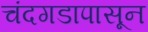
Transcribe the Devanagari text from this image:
चंदगडापासून